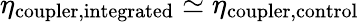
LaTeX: \eta_{\mathrm{coupler,integrated}}\simeq\eta_{\mathrm{coupler,control}}